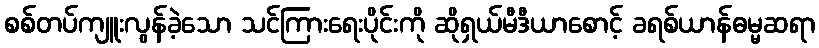
စစ်တပ်ကျူးလွန်ခဲ့သော သင်ကြားရေးပိုင်းကို ဆိုရှယ်မီဒီယာစောင့် ခရစ်ယာန်ဓမ္မဆရာ